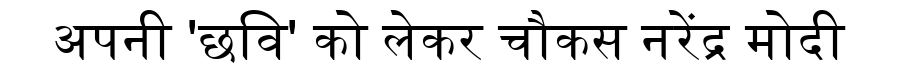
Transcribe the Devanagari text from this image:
अपनी 'छवि' को लेकर चौकस नरेंद्र मोदी